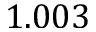
1 . 0 0 3